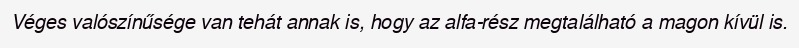
Véges valószínűsége van tehát annak is, hogy az alfa-rész megtalálható a magon kívül is.